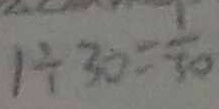
1 \div 3 0 = \frac { 1 } { 3 0 }